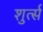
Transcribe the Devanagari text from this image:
शुर्त्स